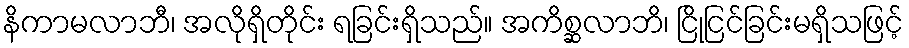
နိကာမလာဘီ၊ အလိုရှိတိုင်း ရခြင်းရှိသည်။ အကိစ္ဆလာဘိ၊ ငြိုငြင်ခြင်းမရှိသဖြင့်